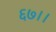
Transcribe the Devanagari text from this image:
६७।।